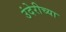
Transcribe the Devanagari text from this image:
उंदेरीच्या